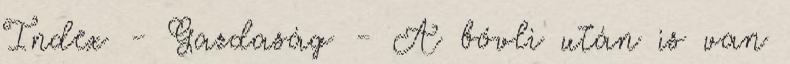
Index - Gazdaság - A bóvli után is van